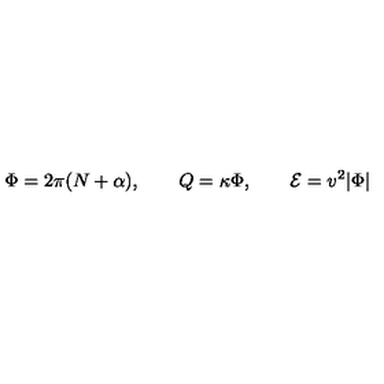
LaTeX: \Phi = 2 \pi ( N + \alpha ) , \qquad Q = \kappa \Phi , \qquad { \cal E } = v ^ { 2 } | \Phi |